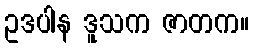
ဥဒပါန ဒူသက ဇာတက။